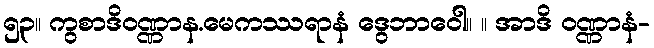
၅၃။ ကွစာဒိဝဏ္ဏာန.မေကဿရာနံ ဒွေဘာဝေါ။ ။ အာဒိ ဝဏ္ဏာနံ-